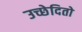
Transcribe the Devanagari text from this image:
उच्छेदितो